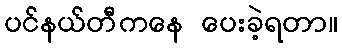
ပင်နယ်တီကနေ ပေးခဲ့ရတာ။